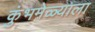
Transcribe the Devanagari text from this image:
कुंभमेळ्याला